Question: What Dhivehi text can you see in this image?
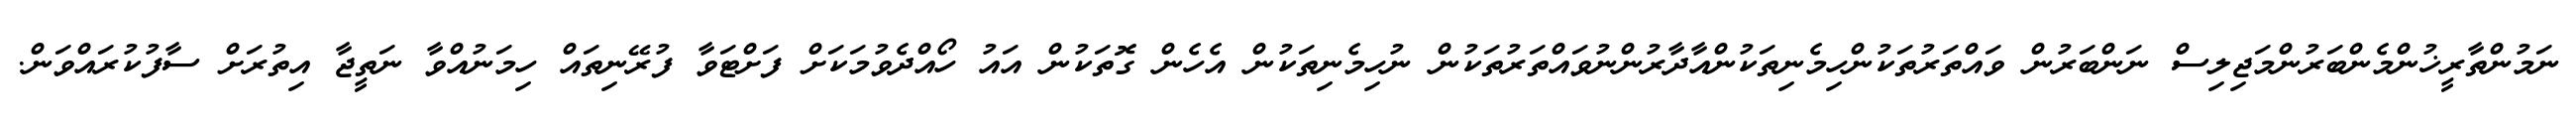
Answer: ނަމުންތާރީޚުންމެންބަރުންމަޖިލިސް ނަންބަރުން ވައްތަރުތަކުންހިމެނިތަކުންއާދާރުންނުވައްތަރުތަކުން ނުހިމެނިތަކުން އެހެން ގޮތަކުން އައު ހޯއްދެވުމަކަށް ފަށްޓަވާ ފުރޭނިތައް ހިމަނުއްވާ ނަތީޖާ އިތުރަށް ސާފުކުރައްވަން.